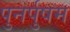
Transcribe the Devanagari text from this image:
पुनर्पुषम